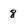
Character: 8